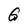
Character: G